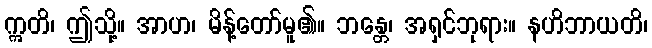
ဣတိ၊ ဤသို့။ အာဟ၊ မိန့်တော်မူ၏။ ဘန္တေ၊ အရှင်ဘုရား။ နဟိဘာယတိ၊